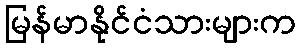
မြန်မာနိုင်ငံသားများက